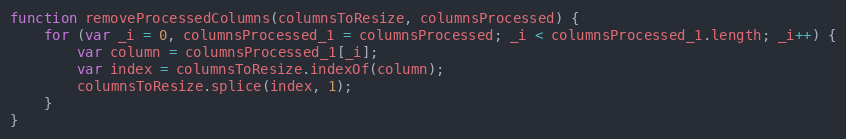
Language: JavaScript
function removeProcessedColumns(columnsToResize, columnsProcessed) {
    for (var _i = 0, columnsProcessed_1 = columnsProcessed; _i < columnsProcessed_1.length; _i++) {
        var column = columnsProcessed_1[_i];
        var index = columnsToResize.indexOf(column);
        columnsToResize.splice(index, 1);
    }
}